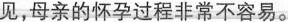
见，母亲的怀孕过程非常不容易。